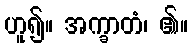
ဟူ၍။ အက္ခာတံ၊ ၏။